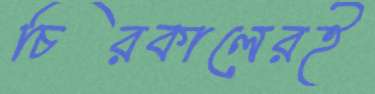
চিরকালেরই